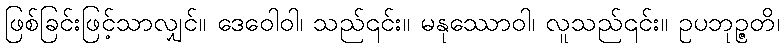
ဖြစ်ခြင်းဖြင့်သာလျှင်။ ဒေဝေါဝါ၊ သည်၎င်း။ မနုဿောဝါ၊ လူသည်၎င်း။ ဥပဘုဉ္ဇတိ၊